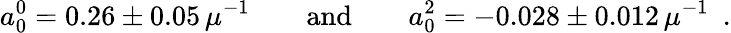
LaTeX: a_{0}^{0}=0.26\pm 0.05\, \mu^{-1}\qquad\mathrm{and}\qquad a_{0}^{2}=-0.028\pm 0.012\, \mu^{-1}\enspace.